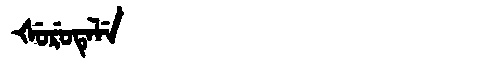
Manchu: ᡧᡠᡵᡠᡨᡝᠯᡝ
Romanization: ŠURUTELE